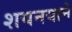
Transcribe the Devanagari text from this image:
शयनयाने